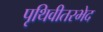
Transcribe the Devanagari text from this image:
पृथिवीतरभेद